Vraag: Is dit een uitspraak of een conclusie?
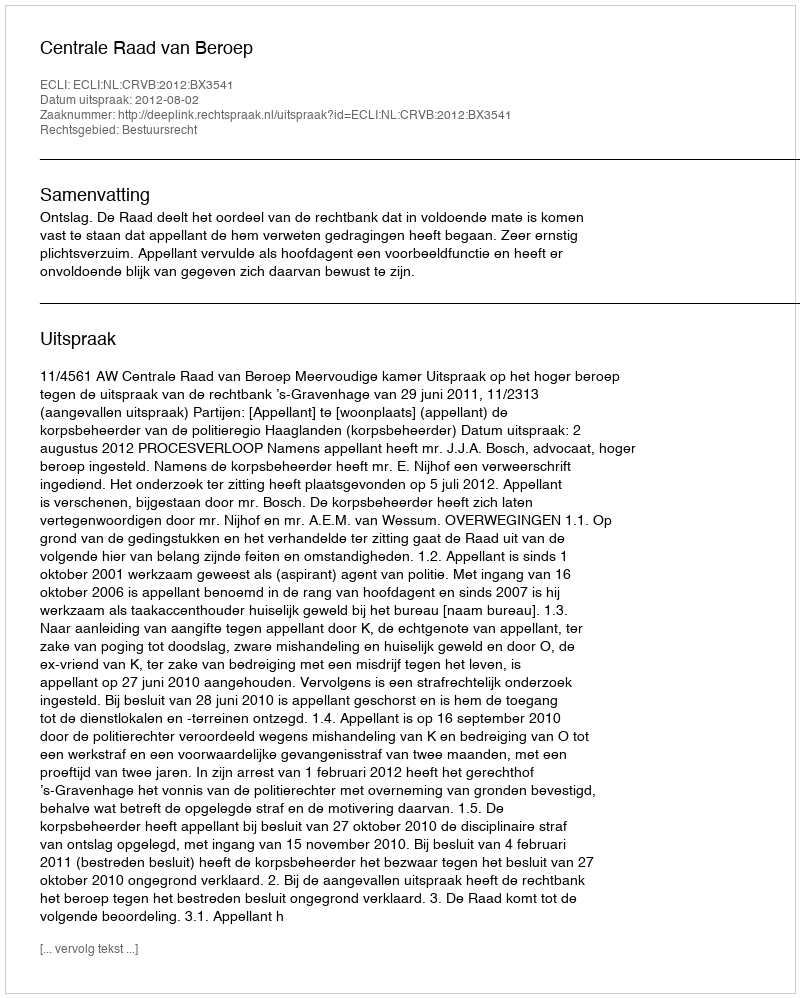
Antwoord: Uitspraak